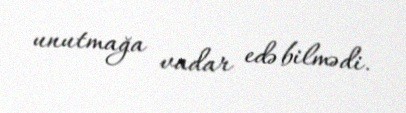
unutmağa vadar edə bilmədi.